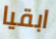
ابقيا